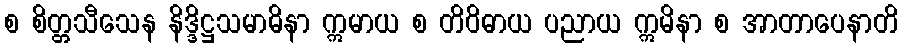
စ စိတ္တသီသေန နိဒ္ဒိဋ္ဌသမာဓိနာ ဣမာယ စ တိဝိဓာယ ပညာယ ဣမိနာ စ အာတာပေနာတိ